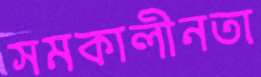
সমকালীনতা